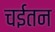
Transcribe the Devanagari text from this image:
चईतन